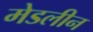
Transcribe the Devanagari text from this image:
मेडलीन